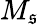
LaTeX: M_{\mathfrak{s}}